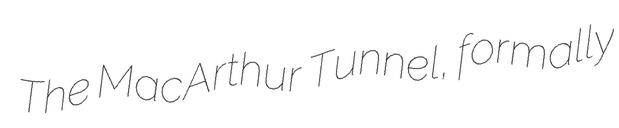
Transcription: The MacArthur Tunnel, formally